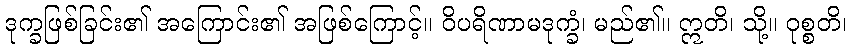
ဒုက္ခဖြစ်ခြင်း၏ အကြောင်း၏ အဖြစ်ကြောင့်။ ဝိပရိဏာမဒုက္ခံ၊ မည်၏။ ဣတိ၊ သို့။ ဝုစ္စတိ၊